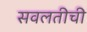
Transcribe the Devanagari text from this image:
सवलतीची